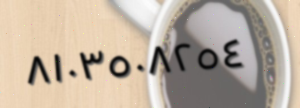
٨١٠٣٥٠٨٢٥٤